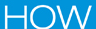
HOW